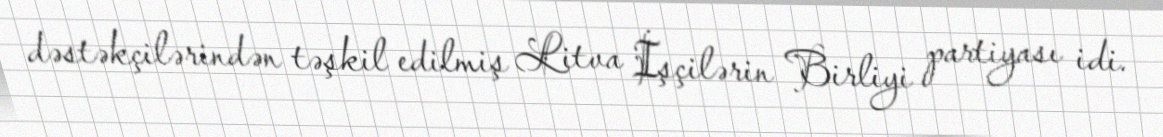
dəstəkçilərindən təşkil edilmiş Litva İşçilərin Birliyi partiyası idi.